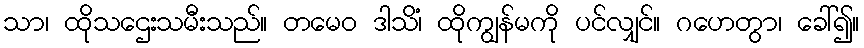
သာ၊ ထိုသဌေးသမီးသည်။ တမေဝ ဒါသိံ၊ ထိုကျွန်မကို ပင်လျှင်။ ဂဟေတွာ၊ ခေါ်၍။